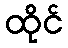
ထိုင်